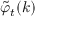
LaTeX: \displaystyle { \tilde { \varphi } } _ { t } ( k )